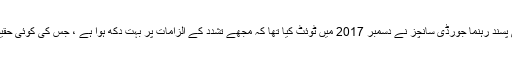
علیحدگی پسند رہنما جورڈی سانچز نے دسمبر 2017 میں ٹوئٹ کیا تھا کہ مجھے تشدد کے الزامات پر بہت دکھ ہوا ہے ، جس کی کوئی حقیقت نہیں۔